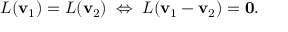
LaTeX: L ( \mathbf { v } _ { 1 } ) = L ( \mathbf { v } _ { 2 } ) \; \Leftrightarrow \; L ( \mathbf { v } _ { 1 } - \mathbf { v } _ { 2 } ) = \mathbf { 0 } { \mathrm { . } }